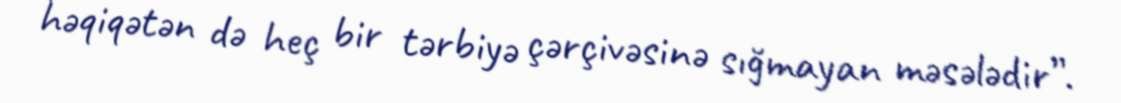
həqiqətən də heç bir tərbiyə çərçivəsinə sığmayan məsələdir”.